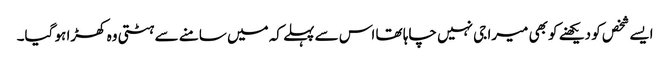
ایسے شخص کو دیکھنے کو بھی میرا جی نہیں چاہا تھا اس سے پہلے کہ میں سامنے سے ہٹتی وہ کھڑا ہو گیا۔